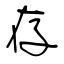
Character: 存